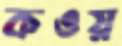
কওয়